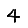
Digit: 4